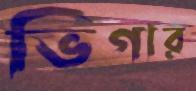
ভিগার